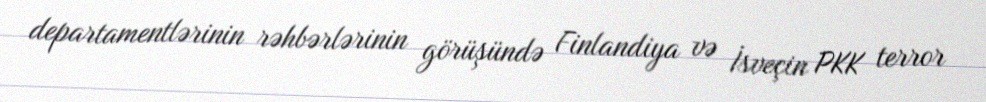
departamentlərinin rəhbərlərinin görüşündə Finlandiya və İsveçin PKK terror